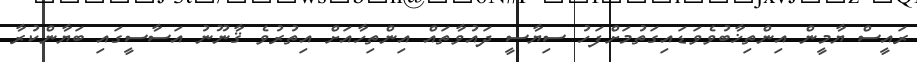
ރައީސް ޔާމީން އިންތިޚާބުވެވަޑައިގަތުމަށްފަހު ސިޔާސީ ދައުވާތައް އިންތިހާއަށް އިތުރުވެ ޤާނޫނު އަސާސީގައި ބަޔާންކުރާ